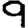
Digit: 9